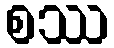
စဿ